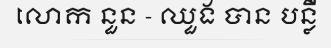
លោក នួន - ឈួង បាន បន្លឺ